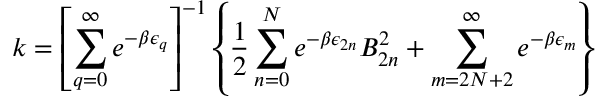
k = \left[ \sum _ { q = 0 } ^ { \infty } e ^ { - \beta \epsilon _ { q } } \right] ^ { - 1 } \left\{ \frac { 1 } { 2 } \sum _ { n = 0 } ^ { N } e ^ { - \beta \epsilon _ { 2 n } } B _ { 2 n } ^ { 2 } + \sum _ { m = 2 N + 2 } ^ { \infty } e ^ { - \beta \epsilon _ { m } } \right\}